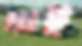
ধাই